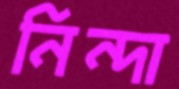
নিন্দা